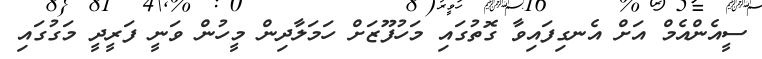
ސީއެންއެމް އަށް އެނގިފައިވާ ގޮތުގައި މަހުފޫޒަށް ހަމަލާދިން މީހުން ވަނީ ފަރީދީ މަގުގައި